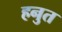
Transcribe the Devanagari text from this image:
हनुत